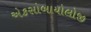
એકસોબાયોલોજી